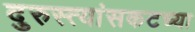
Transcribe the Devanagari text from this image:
दुरुस्त्यांसकटच्या